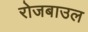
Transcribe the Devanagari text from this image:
रोजबाउल